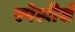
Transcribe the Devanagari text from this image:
स्पेलीर्स